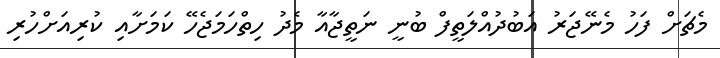
މެޗަށް ފަހު މެނޭޖަރު އަބުދުއްލަތީފް ބުނީ ނަތީޖާއާ މެދު ހިތްހަމަޖެހޭ ކަމަށާއި ކުރިއަށްހުރި